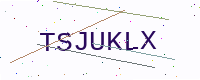
Text: TSJUKLX